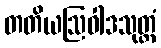
တတိယဩဝါဒသုတ္တံ